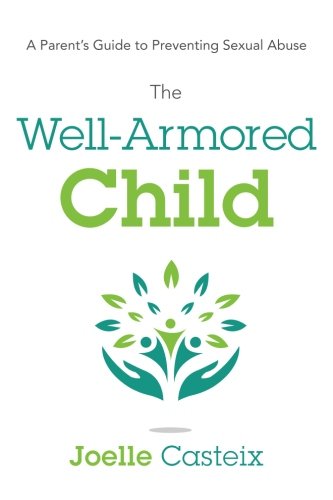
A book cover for The Well-Armored Child: A Parent's Guide to Preventing Sexual Abuse; Joelle Casteix; Parenting & Relationships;